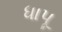
ધાપૂ